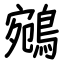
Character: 鵷